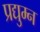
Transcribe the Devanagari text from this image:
प्रद्युम्‍न